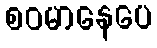
စဝမာနေပေ